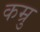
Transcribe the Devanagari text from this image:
कम्रु